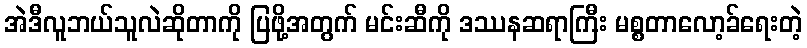
အဲဒီလူဘယ်သူလဲဆိုတာကို ပြဖို့အတွက် မင်းဆီကို ဒဿနဆရာကြီး မစ္စတာလော့ခ်ရေးတဲ့